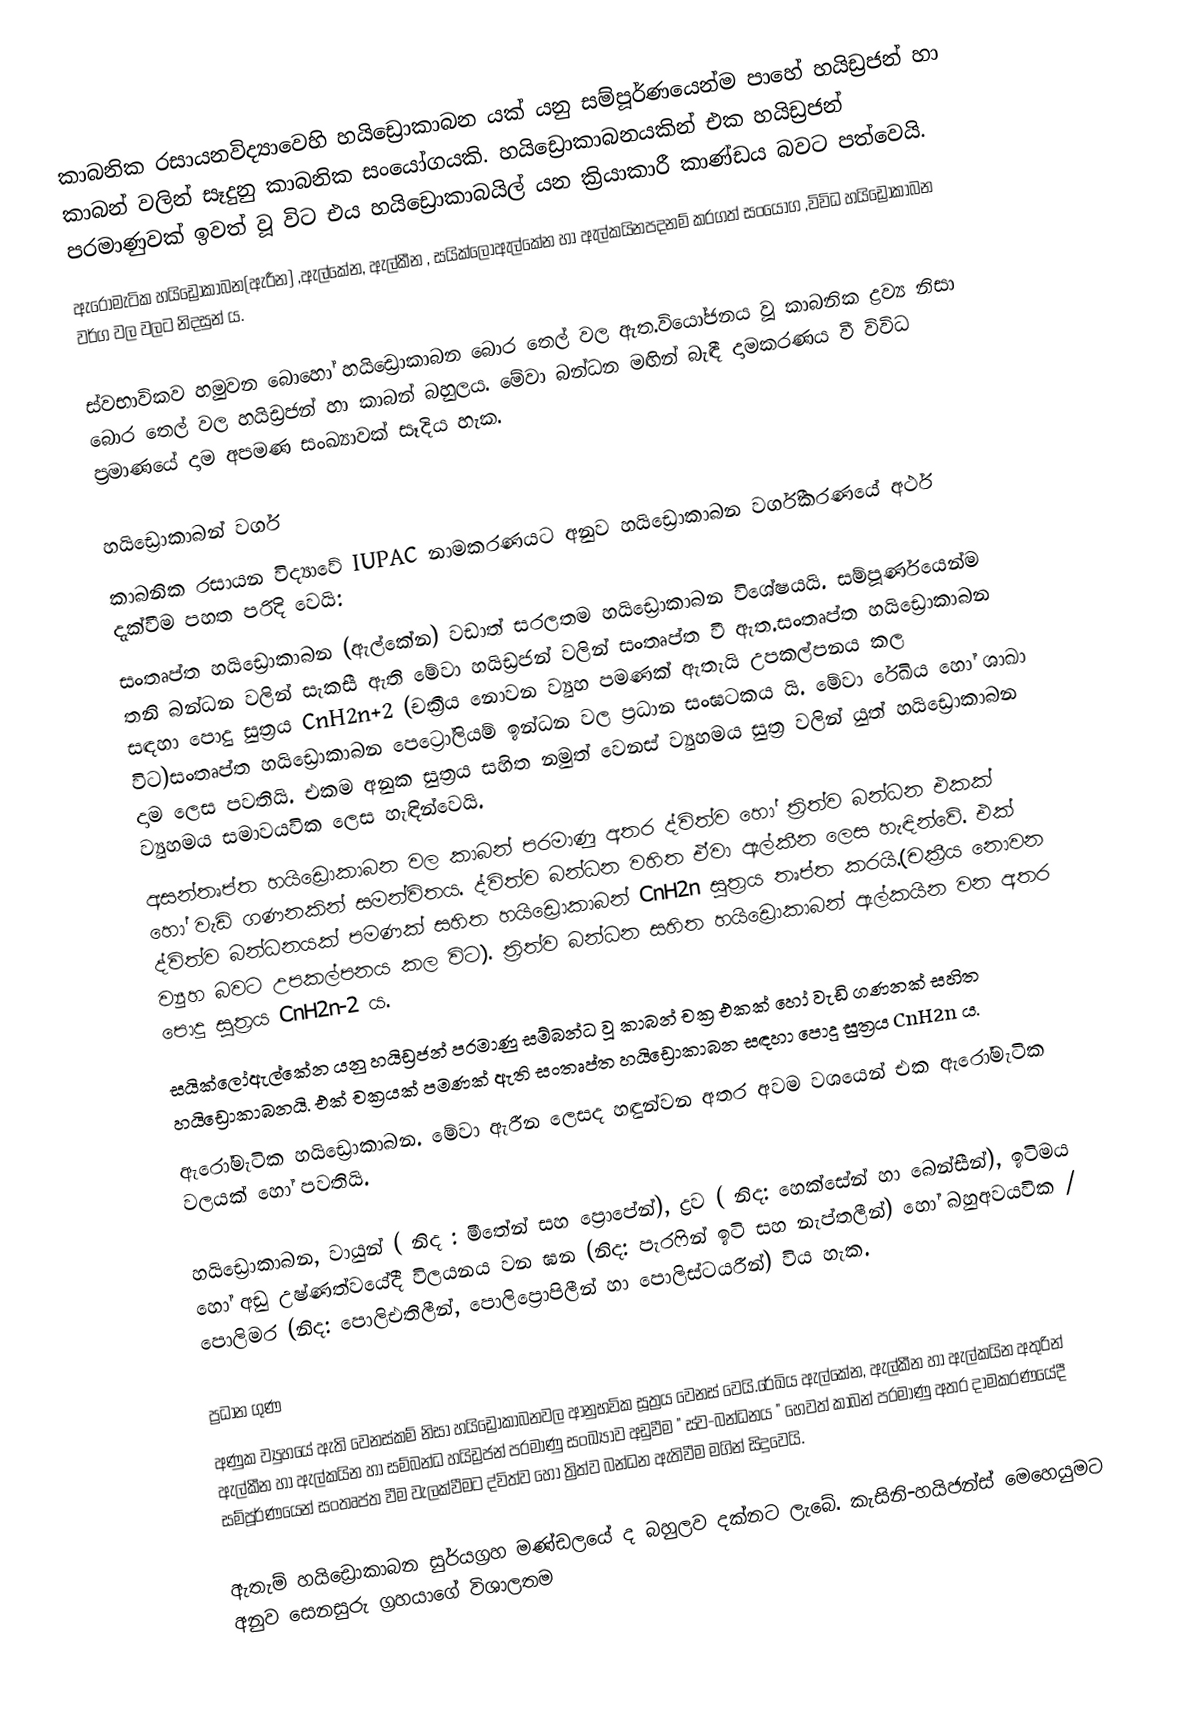
කාබනික රසායනවිද්‍යාවෙහි හයිඩ්‍රොකාබන යක් යනු සම්පූර්ණයෙන්ම පාහේ හයිඩ්‍රජන් හා කාබන් වලින් සෑදුනු කාබනික සංයෝගයකි. හයිඩ්‍රොකාබනයකින් එක හයිඩ්‍රජන් පරමාණුවක් ඉවත් වූ විට එය හයිඩ්‍රොකාබයිල් යන ක්‍රියාකාරී කාණ්ඩය බවට පත්වෙයි.
ඇරෝමැටික හයිඩ්‍රොකාබන(ඇරීන) ,ඇල්කේන, ඇල්කීන , සයික්ලෝඇල්කේන හා ඇල්කයිනපදනම් කරගත් සංයෝග ,විවිධ හයිඩ්‍රොකාබන වර්ග වල වලට නිදසුන් ය.

ස්වභාවිකව හමුවන බොහෝ  හයිඩ්‍රොකාබන බොර තෙල් වල ඇත.වියෝජනය වූ කාබනික ද්‍රව්‍ය නිසා බොර තෙල් වල හයිඩ්‍රජන් හා කාබන් බහුලය. මේවා බන්ධන මඟින් බැඳී දාමකරණය වී විවිධ  ප්‍රමාණයේ දාම අපමණ සංඛ්‍යාවක් සෑදිය හැක.

හයිඩ්‍රොකාබන් වර්ග
කාබනික රසායන විද්‍යාවේ IUPAC නාමකරණයට අනුව හයිඩ්‍රොකාබන වර්ගීකරණයේ අර්ථ දැක්වීම පහත පරිදි වෙයි:
 සංතෘප්ත හයිඩ්‍රොකාබන (ඇල්කේන) වඩාත් සරලතම හයිඩ්‍රොකාබන විශේෂයයි. සම්පූර්ණයෙන්ම තනි බන්ධන වලින් සැකසී ඇති මේවා හයිඩ්‍රජන් වලින් සංතෘප්ත වී ඇත.සංතෘප්ත හයිඩ්‍රොකාබන සඳහා  පොදු සුත්‍රය CnH2n+2 (චක්‍රීය නොවන ව්‍යුහ පමණක් ඇතැයි උපකල්පනය කල විට)සංතෘප්ත හයිඩ්‍රොකාබන පෙට්‍රෝලියම් ඉන්ධන වල ප්‍රධාන සංඝටකය යි. මේවා රේඛිය හෝ ශාඛා දාම ලෙස පවතියි. එකම අනුක සුත්‍රය සහිත නමුත් වෙනස් ව්‍යුහමය සුත්‍ර වලින් යුත් හයිඩ්‍රොකාබන ව්‍යුහමය සමාවයවික ලෙස හැඳින්වෙයි.
 අසන්තෘප්ත හයිඩ්‍රොකාබන වල කාබන් පරමාණු අතර ද්විත්ව හෝ ත්‍රිත්ව බන්ධන එකක් හෝ වැඩි ගණනකින් සමන්විතය. ද්විත්ව බන්ධන වහිත ඒවා ඇල්කීන ලෙස හැඳින්වේ. එක් ද්විත්ව බන්ධනයක් පමණක් සහිත හයිඩ්‍රොකාබන් CnH2n සුත්‍රය තෘප්ත කරයි.(චක්‍රීය නොවන ව්‍යුහ බවට උපකල්පනය කල විට). ත්‍රිත්ව බන්ධන සහිත හයිඩ්‍රොකාබන් ඇල්කයින වන අතර පොදු සුත්‍රය CnH2n-2 ය.
 සයික්ලෝඇල්කේන යනු හයිඩ්‍රජන් පරමාණු සම්බන්ධ වූ කාබන් චක්‍ර එකක් හෝ වැඩි ගණනක් සහිත හයිඩ්‍රොකාබනයි. එක් චක්‍රයක් පමණක් ඇති සංතෘප්ත හයිඩ්‍රොකාබන සඳහා පොදු සුත්‍රය CnH2n ය.
 ඇරෝමැටික හයිඩ්‍රොකාබන. මේවා ඇරීන ලෙසද හඳුන්වන අතර අවම වශයෙන් එක ඇරෝමැටික වලයක් හෝ පවතියි.

හයිඩ්‍රොකාබන, වායුන් ( නිද : මීතේන් සහ ප්‍රොපේන්), ද්‍රව ( නිද: හෙක්සේන් හා බෙන්සීන්), ඉටිමය හෝ අඩු උෂ්ණත්වයේදී විලයනය වන ඝන (නිද: පැරෆින් ඉටි සහ නැප්තලීන්) හෝ බහුඅවයවික / පොලිමර (නිද: පොලිඑතිලීන්, පොලිප්‍රොපිලීන් හා පොලිස්ටයරීන්) විය හැක.

ප්‍රධාන ගුණ
අණුක ව්‍යුහයේ ඇති වෙනස්කම්  නිසා හයිඩ්‍රොකාබනවල ආනුභවික සූත්‍රය වෙනස් වෙයි.රේඛිය ඇල්කේන, ඇල්කීන හා ඇල්කයින අතුරින් ඇල්කීන හා ඇල්කයින හා සම්බන්ධ හයිඩ්‍රජන් පරමාණු සංඛ්‍යාව අඩුවීම  " ස්ව-බන්ධනය " හෙවත් කාබන් පරමාණු අතර දාමකරණයේදී සම්පූර්ණයෙන් සංතෘප්ත වීම වැලක්වීමට ද්විත්ව හෝ ත්‍රිත්ව බන්ධන ඇතිවීම මගින්  සිදුවෙයි.

ඇතැම් හයිඩ්‍රොකාබන සුර්යග්‍රහ මණ්ඩලයේ ද බහුලව දක්නට ලැබේ. කැසිනි-හයිජන්ස් මෙහෙයුමට අනුව සෙනසුරු ග්‍රහයාගේ විශාලතම